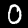
Label: 0